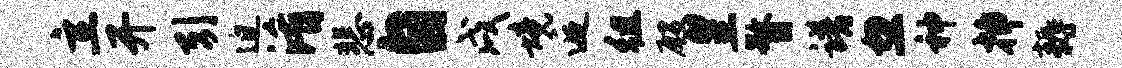
立开引迫淆悲自戌境逅徂殷皇瞀谱忽神插耨